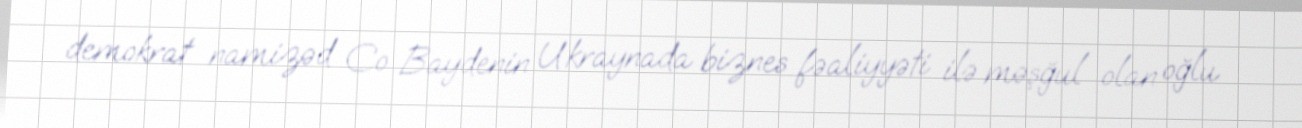
demokrat namizəd Co Baydenin Ukraynada biznes fəaliyyəti ilə məşğul olan oğlu